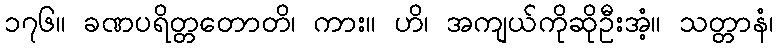
၁၇၆။ ခဏပရိတ္တတောတိ၊ ကား။ ဟိ၊ အကျယ်ကိုဆိုဦးအံ့။ သတ္တာနံ၊